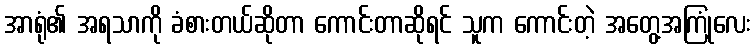
အာရုံ၏ အရသာကို ခံစားတယ်ဆိုတာ ကောင်းတာဆိုရင် သူက ကောင်းတဲ့ အတွေ့အကြုံလေး